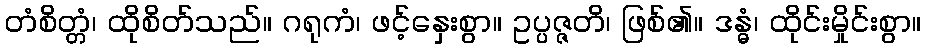
တံစိတ္တံ၊ ထိုစိတ်သည်။ ဂရုကံ၊ ဖင့်နှေးစွာ။ ဥပ္ပဇ္ဇတိ၊ ဖြစ်၏။ ဒန္ဓံ၊ ထိုင်းမှိုင်းစွာ။